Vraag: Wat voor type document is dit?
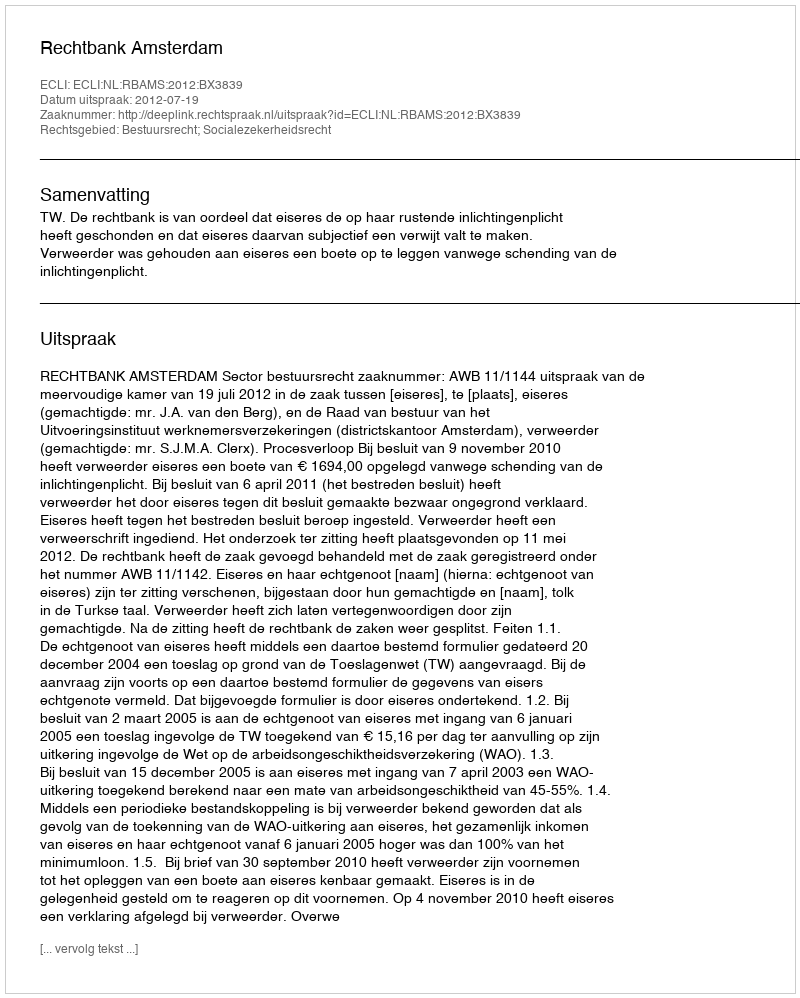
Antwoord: Uitspraak